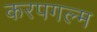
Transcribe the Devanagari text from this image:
करपगल्म